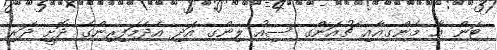
ޓަން އާ މެންގއާއި ޗުއަންގ ސިއު ލިންގ އަދި އެދެމަފިރިންގެ ދޮށީ ދަރި